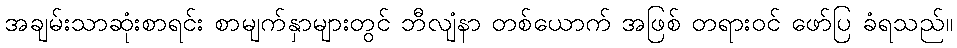
အချမ်းသာဆုံးစာရင်း စာမျက်နှာများတွင် ဘီလျံနာ တစ်ယောက် အဖြစ် တရားဝင် ဖော်ပြ ခံရသည်။